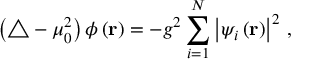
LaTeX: \left( \triangle - \mu _ { 0 } ^ { 2 } \right) \phi \left( { \bf r } \right) = - g ^ { 2 } \sum _ { i = 1 } ^ { N } \left| \psi _ { i } \left( { \bf r } \right) \right| ^ { 2 } \, ,